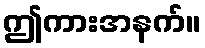
ဤကားအနက်။